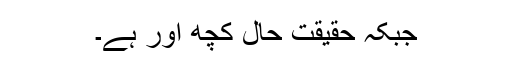
جبکہ حقیقت حال کچھ اور ہے۔